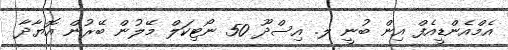
އެމްއެންޑީއެފް އިން ބުނީ ލ. އިސްދޫ 50 ނޯޓިކަލް މޭލުން ބޭރުން އޮޔާދާ